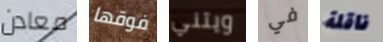
معادن فوقها ويتني في ناقلة